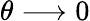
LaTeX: \theta\longrightarrow 0